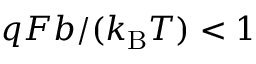
q F b / ( k _ { \mathrm { B } } T ) < 1